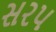
સરપ